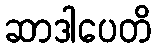
ဆာဒါပေတိ